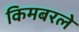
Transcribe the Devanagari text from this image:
किमबरले